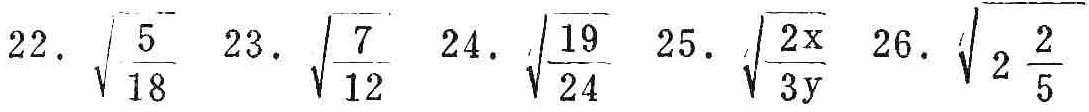
22. \(\sqrt{\frac{5}{18}}\) 23. \(\sqrt{\frac{7}{12}}\) 24. \(\sqrt{\frac{19}{24}}\) 25. \(\sqrt{\frac{2x}{3y}}\) 26. \(\sqrt{2\frac{2}{5}}\)